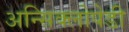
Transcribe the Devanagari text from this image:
अन्सिक्लोपेडी